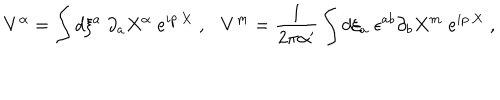
LaTeX: V ^ { \alpha } = \int d \xi ^ { a } \; \partial _ { a } X ^ { \alpha } \; e ^ { i p \cdot X } \; , \ \ \ V ^ { m } = { \frac { 1 } { 2 \pi \alpha ^ { \prime } } } \int d \xi _ { a } \; \epsilon ^ { a b } \partial _ { b } X ^ { m } \; e ^ { i p \cdot X } \; ,